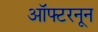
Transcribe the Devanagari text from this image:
ऑफ्टरनून